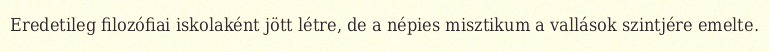
Eredetileg filozófiai iskolaként jött létre, de a népies misztikum a vallások szintjére emelte.